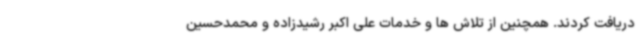
دریافت کردند. همچنین از تلاش ها و خدمات علی اکبر رشیدزاده و محمدحسین